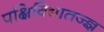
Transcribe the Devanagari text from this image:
पक्षिविद्यातज्ज्ञ